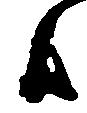
候